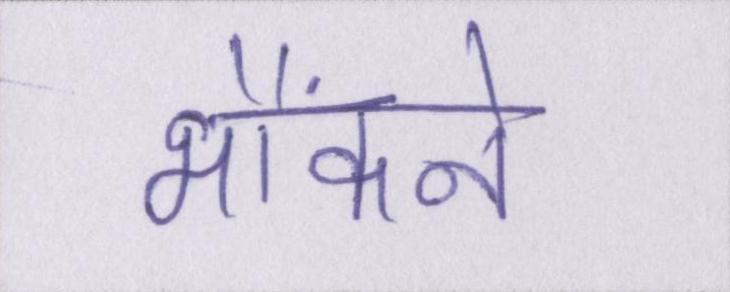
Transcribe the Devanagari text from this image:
भौंकने